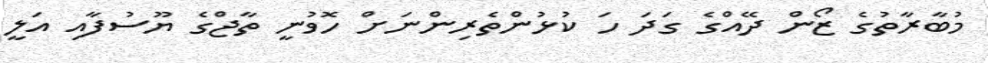
މުބާރާތުގެ ޒޯން ދޭއްގެ ގަދަ ހަ ކުޅުންތެރިންނަށް ހޮވުނީ ތާޖްގެ ޔޫސުފާއި އަލީ